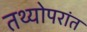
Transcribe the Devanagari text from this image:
तथ्योपरांत